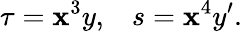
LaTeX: \tau=\mathbf{x}^{3}y,\; \; \; s=\mathbf{x}^{4}y^{\prime}.